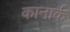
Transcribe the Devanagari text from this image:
कानार्क